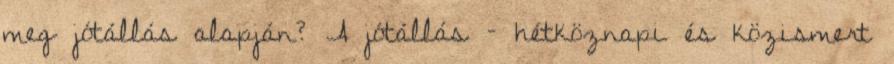
meg jótállás alapján? A jótállás – hétköznapi és közismert